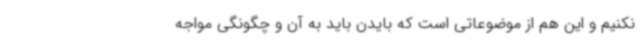
نکنیم و این هم از موضوعاتی است که بایدن باید به آن و چگونگی مواجه